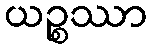
ယဉ္စဿာ